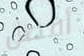
أفضل